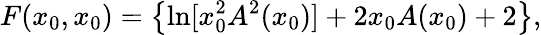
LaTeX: F(x_{0},x_{0})=\left\{ \ln[x_{0}^{2}A^{2}(x_{0})]+2x_{0}A(x_{0})+2\right\} ,